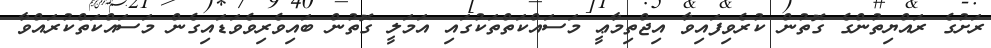
ރަށުގެ ރައްޔިތުންގެ ގޮތުން ކުރެވިފައިވާ އިޖްތިމާޢީ މަސައްކަތްތަކުގައި އަމަލީ ގޮތުން ބައިވެރިވެވަޑައިގެން މަސައްކަތްކުރައްވާ